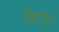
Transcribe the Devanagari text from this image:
छंद्स